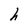
Character: h